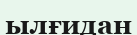
ылғидан